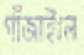
গাঁজাইলে